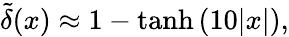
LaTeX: \tilde{\delta}(x)\approx 1-\operatorname{tanh}\left(10|x|\right),